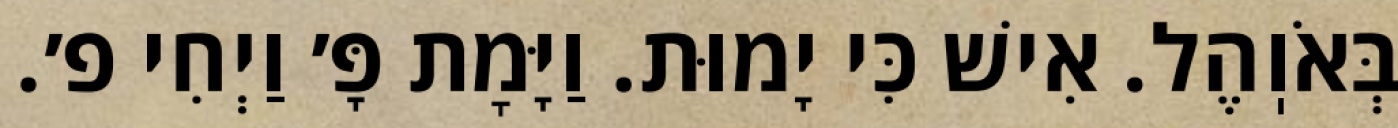
בְּאֹוֽהֶל. אִישׁ כִּי יָמוּת. וַיָּמׇת פָּ׳ וַיְחִי פ׳.